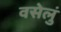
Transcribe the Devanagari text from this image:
वसेलुं